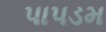
પાપડમ